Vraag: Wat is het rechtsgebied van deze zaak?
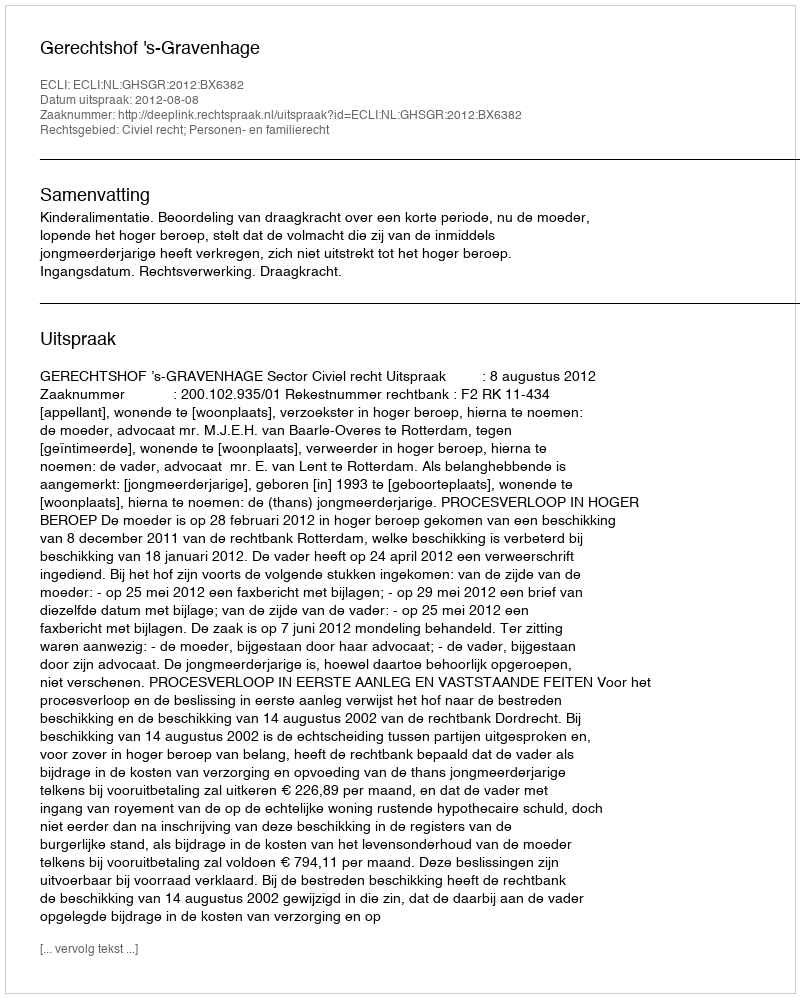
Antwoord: Civiel recht; Personen- en familierecht